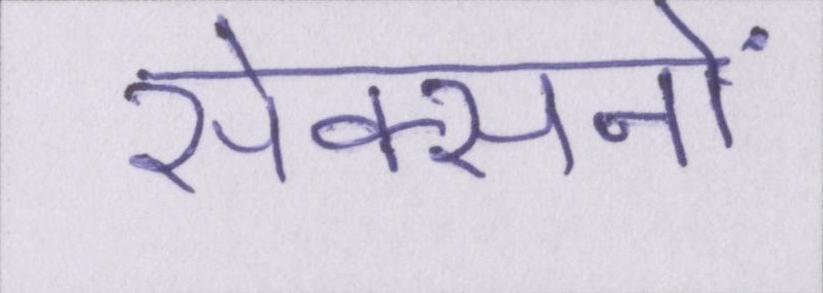
सेक्सनों